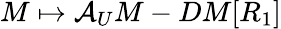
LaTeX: M\mapsto\mathcal{A}_{U}M-DM[R_{1}]